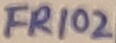
Text: FR102